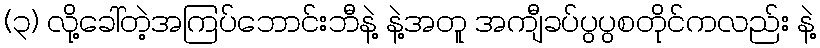
(၃) လို့ခေါ်တဲ့အကြပ်ဘောင်းဘီနဲ့ နဲ့အတူ အကျီခပ်ပွပွစတိုင်ကလည်း နဲ့